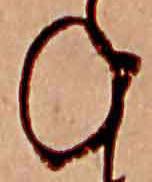
ね